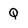
Character: Q